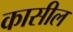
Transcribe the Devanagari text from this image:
कासील